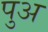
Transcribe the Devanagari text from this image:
पुअ